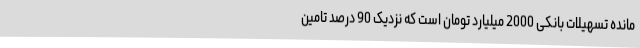
مانده تسهیلات بانکی 2000 میلیارد تومان است که نزدیک 90 درصد تامین